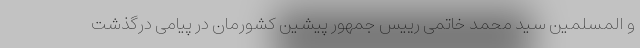
و المسلمین سید محمد خاتمی رییس جمهور پیشین کشورمان در پیامی درگذشت